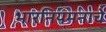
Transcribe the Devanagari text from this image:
भारनियमनाचे